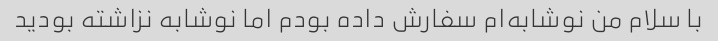
با سلام من نوشابه‌ام سفارش داده بودم اما نوشابه نزاشته بودید